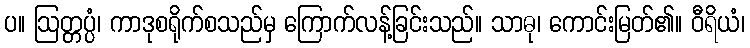
ပ။ ဩတ္တပ္ပံ၊ ကာဒုစရိုက်စသည်မှ ကြောက်လန့်ခြင်းသည်။ သာဓု၊ ကောင်းမြတ်၏။ ဝီရိယံ၊